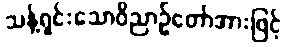
သန့်ရှင်းသောဝိညာဉ်တော်အားဖြင့်